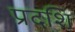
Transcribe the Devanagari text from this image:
प्रदशि